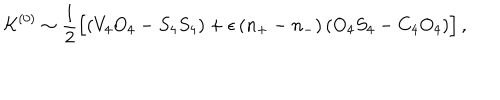
LaTeX: { \cal K } ^ { ( 0 ) } \sim \frac { 1 } { 2 } \Big [ ( V _ { 4 } O _ { 4 } - S _ { 4 } S _ { 4 } ) + \epsilon \, ( n _ { + } - n _ { - } ) \, ( O _ { 4 } S _ { 4 } - C _ { 4 } O _ { 4 } ) \Big ] \, ,